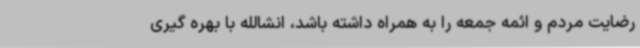
رضایت مردم و ائمه جمعه را به همراه داشته باشد، انشالله با بهره گیری